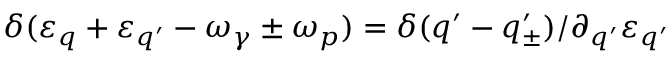
\delta ( \varepsilon _ { q } + \varepsilon _ { q ^ { \prime } } - \omega _ { \gamma } \pm \omega _ { p } ) = \delta ( q ^ { \prime } - q _ { \pm } ^ { \prime } ) / \partial _ { q ^ { \prime } } \varepsilon _ { q ^ { \prime } }